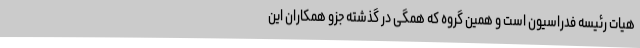
هیات رئیسه فدراسیون است و همین گروه که همگی در گذشته جزو همکاران این